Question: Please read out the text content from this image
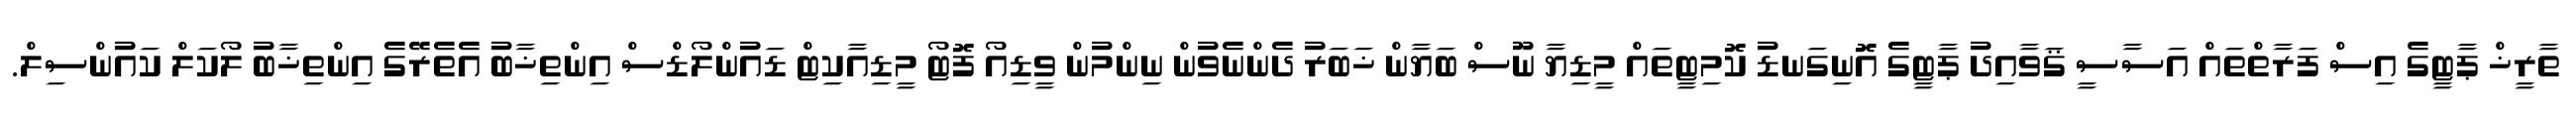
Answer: ތާރީޚް ޕާޓީގެ އިސް ފަރާތްތައް އަސާސީ ޤަވާއިދު ޕާޓީގެ އޮނިގަނޑު ކޮމިޓީތައް މީޑިޔާ ނޫސް ބަޔާން ޚަބަރު ދެންނެވުން ނިންމުން ވީޑިއޯ ފޮޓޯ މީޑިއާކިޓް ޑައުންލޯޑްސް އިންތިޚާބު އެތެރޭގެ އިންތިޚާބު ލޯކަލް ކައުންސިލް.